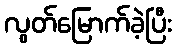
လွတ်မြောက်ခဲ့ပြီး